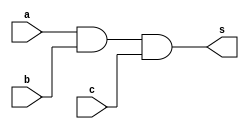
// ----------------------------------------------------------------------
// Exemplo 0013 - AND
// Debora Deslandes de Almeida Batista
// ----------------------------------------------------------------------

// ----------------------------------------------------------------------
// -- AND gate
// ----------------------------------------------------------------------

	module andgate (output s, input a,b,c);
		assign s = (a&b&c);
	endmodule
	
// ----------------------------------------------------------------------
// -- test AND gate
// ----------------------------------------------------------------------

	module testandgate;
		reg a, b, c;
		wire s;
		
		andgate gripe (s,a,b,c);
		
		initial begin : start
			a = 0;
			b = 0;
			c = 0;
		end
		
		initial begin : main
			$display ("\nExemplo 0013 - Debora Deslandes de Almeida Batista");
			$display ("\nMatricula : 451549");
			$display ("\nTest AND gate");
			$display ("\n(a&b&c) = s");
			$monitor ("\n(%b&%b&%b) = %b" , a,b,c,s);
				#1 a = 0; b = 0; c = 1;
				#1 a = 0; b = 1; c = 0;
				#1 a = 0; b = 1; c = 1;
				#1 a = 1; b = 0; c = 0;
				#1 a = 1; b = 0; c = 1;
				#1 a = 1; b = 1; c = 0;
				#1 a = 1; b = 1; c = 1;
		end
	endmodule //testandgate